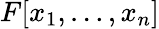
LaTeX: F[x_{1},\dots,x_{n}]